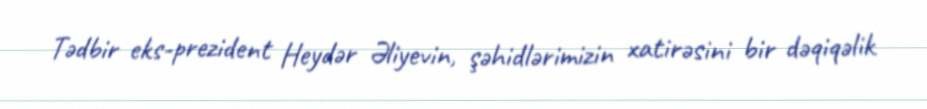
Tədbir eks-prezident Heydər Əliyevin, şəhidlərimizin xatirəsini bir dəqiqəlik